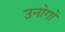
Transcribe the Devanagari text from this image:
उनोगों